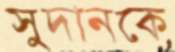
সুদানকে